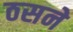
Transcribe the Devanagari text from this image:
ठसने